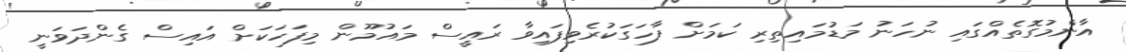
އާންމުގޮތެއްގައި ނުހަނު މަޑުމައިތިރި ކަމަށް ފާހަގަކުރެވިފައިވާ ރައީސް މައުމޫން މިފަހަކަށް އައިސް ގެންދަވަނީ